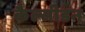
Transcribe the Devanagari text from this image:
कैल्सीडन